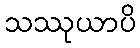
သဿုယာပိ